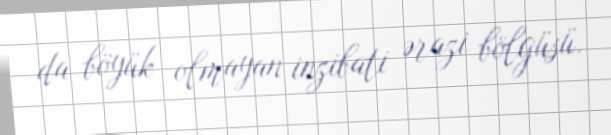
da böyük olmayan inzibati ərazi bölgüsü.